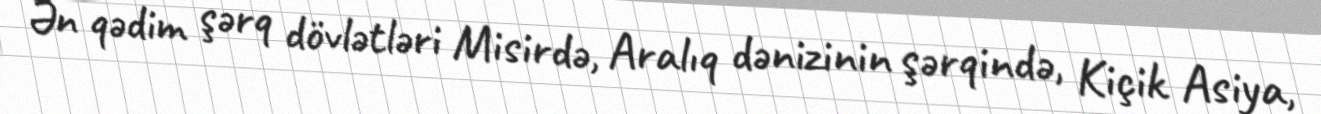
Ən qədim şərq dövlətləri Misirdə, Aralıq dənizinin şərqində, Kiçik Asiya,